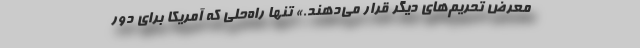
معرض تحریم‌های دیگر قرار می‌دهند.» تنها راه‌حلی که آمریکا برای دور